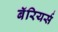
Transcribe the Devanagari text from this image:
बॅरियर्स